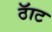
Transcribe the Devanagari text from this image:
ठॅाट